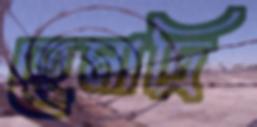
হেমাদ্রি